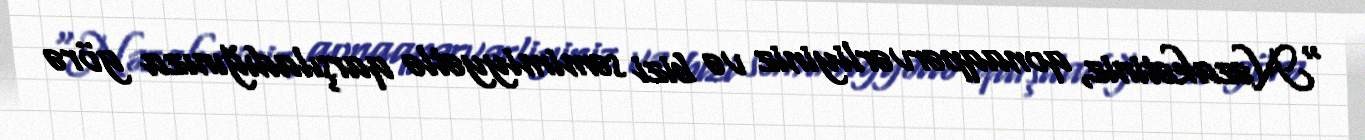
“Nəzakətiniz, qonaqpərvərliyiniz və bizi səmimiyyətlə qarşıladığınıza görə